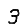
Digit: 3